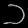
Digit: ၁